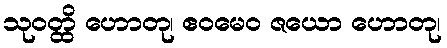
သုဝတ္ထိ ဟောတု၊ ဧဝမေဝ ဇယော ဟောတု၊